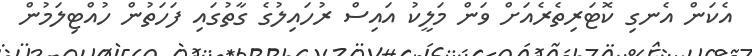
އެކަން އެނގި ކޮޓަރިތެރެއަށް ވަން މަލީކު އައިސް ރުހައިލުގެ ގާތުގައި ފަހަތުން ހުއްޓިލަމުން